Annual administration report of the Civil Veterinary Department of India - 1898-1899
Year: 1898
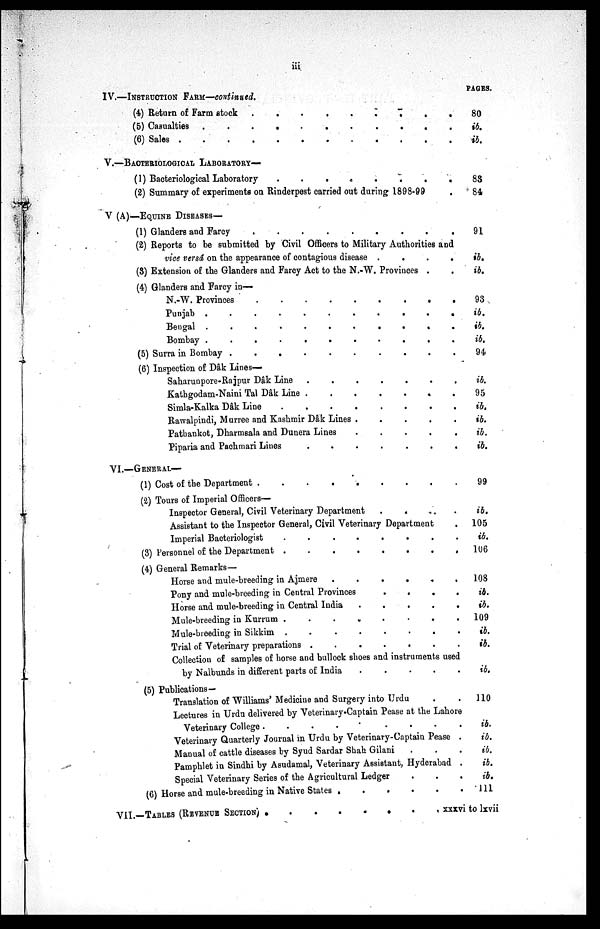
iii
IV.—INSTRUCTION FARM—continued.
(4) Return of Farm stock
.
.
.
.
.
. . .
(5) Casualties .
.
.
.
.
. .
(6) Sales
.
.
.
.
.
V.—BACTERIOLOGICAL LABORATORY—
(1) Bacteriological Laboratory
.
.
.
.
.
.
.
(2) Summary of experiments on Rinderpest carried out during 1898-99
V (A)—EQUINE DISEASES—
(1) Glanders and Farcy
.
.
.
.
.
.
(2) Reports to be submitted by Civil Officers to Military Authorities and
vice versâ on the appearance of contagious disease .
.
.
. .
(8) Extension of the Glanders and Farcy Act to the N.-W. Provinces . . . . .
(4) Glanders and Farcy in—
N.-W. Provinces
.
.
.
.
.
Punjab
.
.
.
.
.
.
Bengal
.
.
.
.
.
Bombay
.
.
.
.
(5) Surra in Bombay
.
.
.
.
.
.
.
.
.
(6) Inspection of Dâk Lines—
Saharunpore-Rajpur Dâk Line
.
.
.
.
.
.
.
Kathgodam-Naini Tal Dâk Line .
.
.
.
.
.
.
Simla-Kalka Dâk Line
.
.
.
.
.
.
.
.
Rawalpindi, Murree and Kashmir Dâk Lines .
.
.
.
.
Patbankot, Dharmsala and Dunera Lines
.
.
.
.
.
Pipavia and Pachmari Lines . . . . .
VI.—GENERAL—
(1) Cost of the Department .
.
.
.
.
.
.
.
.
(2) Tours of Imperial Officers—
Inspector General, Civil Veterinary Department
.
.
. .
. .
Assistant to the Inspector General, Civil Veterinary Department
Imperial Bacteriologist
.
.
.
.
.
.
(3) Personnel of the Department
.
.
.
.
.
(4) General Remarks—
Horse and mule-breeding in Ajmere
.
.
.
.
. .
.
Pony and mule-breeding in Central Provinces
.
. . .
Horse and mule-breeding in Central India
.
.
.
.
.
Mule-breeding in Kurrum .
.
.
.
.
.
.
.
Mule-breeding in Sikkim .
.
.
.
.
.
.
.
Trial of Veterinary preparations .
.
.
.
.
.
.
Collection of samples of horse and bullock shoes and instruments used
by Nalbunds in different parts of India
.
.
.
.
.
(5) Publications—
Translation of Williams' Medicine and Surgery into Urdu
Lectures in Urdu delivered by Veterinary-Captain Pease at the Lahore
Veterinary College .
.
.
.
.
Veterinary Quarterly Journal in Urdu by Veterinary-Captain Pease .
Manual of cattle diseases by Syud Sardar Shah Gilani . . . .
Pamphlet in Sindhi by Asudamal, Veterinary Assistant, Hyderabad .
Special Veterinary Series of the Agricultural Ledger
(6) Horse and mule-breeding in Native States .
.
.
.
.
.
VII.—TABLES (REVENUE SECTION) . . . . .
PAGES.
80
ib.
ib.
88
84
91
ib.
ib.
93
ib.
ib.
ib.
94
ib.
95
ib.
ib.
ib.
ib.
99
ib.
105
ib.
106
108
ib.
ib.
109
ib.
ib.
ib.
110
ib.
ib.
ib.
ib.
ib.
111
xxxvi to lxvii